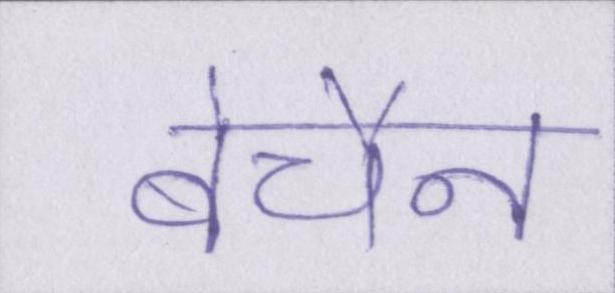
बेचैन